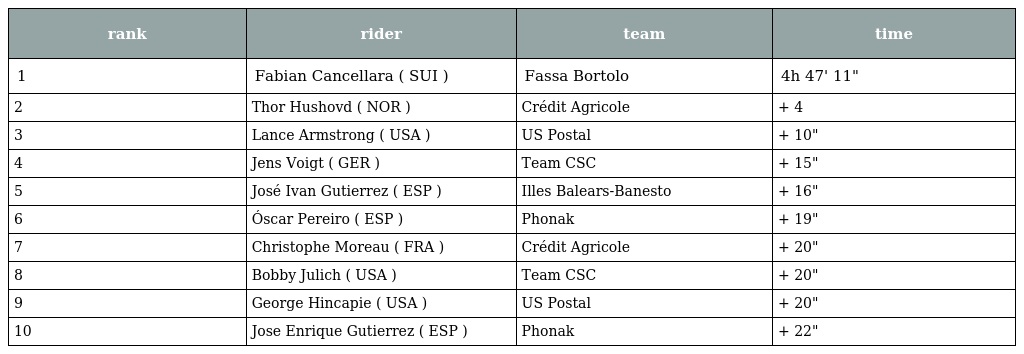
| rank | rider | team | time |
 | --- | --- | --- | --- |
 | 1 | Fabian Cancellara ( SUI ) | Fassa Bortolo | 4h 47' 11" |
 | 2 | Thor Hushovd ( NOR ) | Crédit Agricole | + 4 |
 | 3 | Lance Armstrong ( USA ) | US Postal | + 10" |
 | 4 | Jens Voigt ( GER ) | Team CSC | + 15" |
 | 5 | José Ivan Gutierrez ( ESP ) | Illes Balears-Banesto | + 16" |
 | 6 | Óscar Pereiro ( ESP ) | Phonak | + 19" |
 | 7 | Christophe Moreau ( FRA ) | Crédit Agricole | + 20" |
 | 8 | Bobby Julich ( USA ) | Team CSC | + 20" |
 | 9 | George Hincapie ( USA ) | US Postal | + 20" |
 | 10 | Jose Enrique Gutierrez ( ESP ) | Phonak | + 22" |